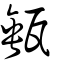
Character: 甀